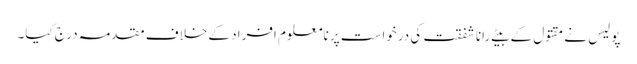
پولیس نے مقتول کے بیٹے رانا شفقت کی درخواست پر نامعلوم افراد کے خلاف مقدمہ درج کیا۔